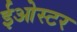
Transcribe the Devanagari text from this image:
ईओस्टर